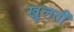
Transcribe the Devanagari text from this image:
खुलतीं